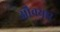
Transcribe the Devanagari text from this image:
औवयार